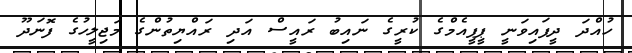
ހުއްދަ ދީފައިވަނީ ޕީޕީއެމްގެ ކުރީގެ ނައިބު ރައީސް އަދި ރައްޔިތުންގެ މަޖިލީހުގެ ފޮނަދޫ